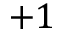
+ 1